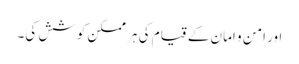
اور امن و امان کے قیام کی ہر ممکن کوشش کی۔